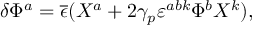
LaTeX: \delta \Phi ^ { a } = \overline { { \epsilon } } ( X ^ { a } + 2 \gamma _ { p } \varepsilon ^ { a b k } \Phi ^ { b } X ^ { k } ) ,